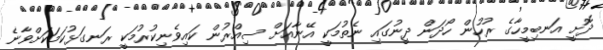
ދޮށީ އަނބިމީހާގެ ރުހުން ހޯދަން ދީނުގައި ނެތުމަކީ އޭނާއަށް ސިއްރުން ކައިވެނިކުރުމަކީ ރަނގަޅުކަމަކަށްވާނެ